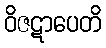
ဝိဇဋာပေတိ